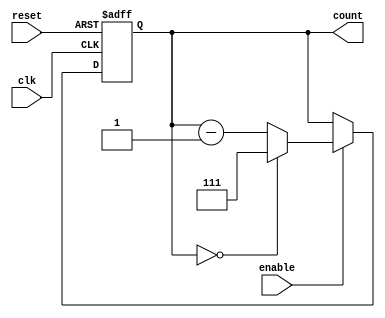
module binary_down_counter #(
    parameter MAX_VALUE = 3'b111 // Maximum value for a 3-bit counter (7)
)(
    input wire clk,               // Clock signal
    input wire reset,             // Asynchronous active-high reset
    input wire enable,            // Active-high enable signal
    output reg [2:0] count        // 3-bit output for the counter
);

    // Always block triggered on the rising edge of the clock or when reset is asserted
    always @(posedge clk or posedge reset) begin
        if (reset) begin
            count <= MAX_VALUE;    // Reset the counter to the maximum value
        end else if (enable) begin
            if (count == 3'b000) begin
                count <= MAX_VALUE; // Wrap around to maximum value
            end else begin
                count <= count - 1; // Decrement the counter
            end
        end
        // If enable is low, the counter holds its value
    end

endmodule